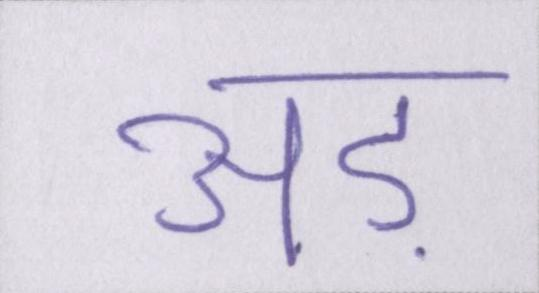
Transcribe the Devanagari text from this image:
अड़